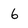
Character: 6